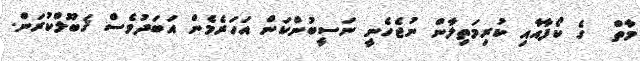
މާތް  ގެ ކޯފާއާއި ކުރިމަތިލާން ނުޖެހެނީ ނަސީބުންކަން އަހަރެމެން އަބަދުވެސް ޤަބޫލްކުރަން.